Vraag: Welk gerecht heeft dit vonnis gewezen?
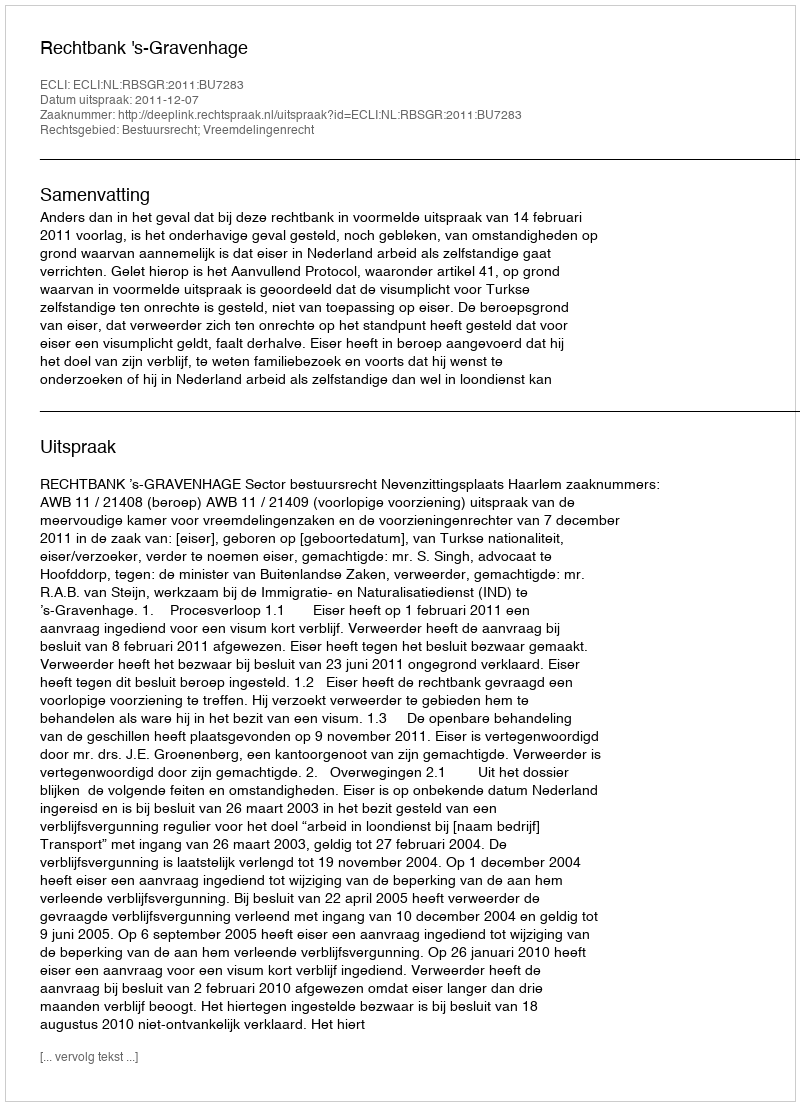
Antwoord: Rechtbank 's-Gravenhage